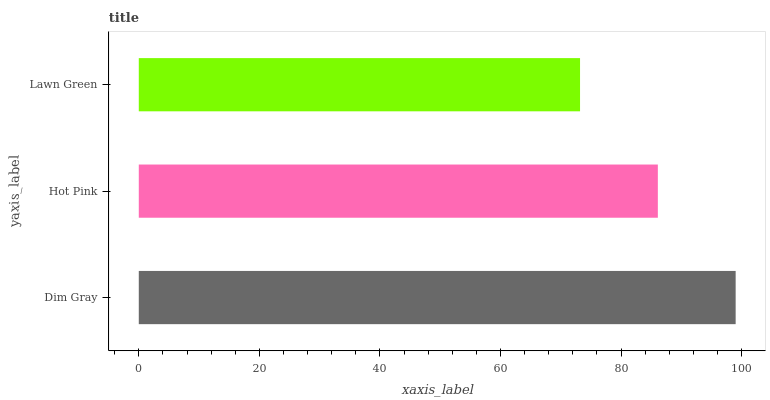
| yaxis_label | bars |
 | --- | --- |
 | Dim Gray | 99 |
 | Hot Pink | 86.1 |
 | Lawn Green | 73.2 |